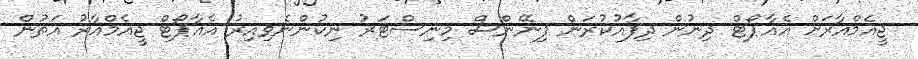
ޖީއެމްއާރަށް އެއާޕޯޓް ދިނުން ދިފާއުކުރަން ފިނޭންސް މިނިސްޓަރު ނިކުންނެވިއިރު އެއާޕޯޓް ޖީއެމްއާރު އަތުން